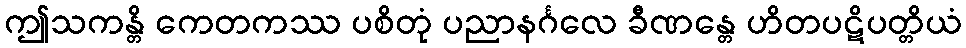
ဤသကန္တိ ကေတကဿ ပစိတုံ ပညာနင်္ဂလေ ခီဏန္တေ ဟိတပဋိပတ္တိယံ